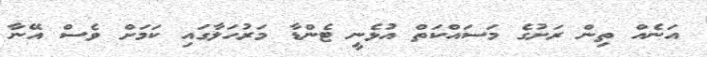
އަނެއް ތިން ރަށުގެ މަސައްކަތް އުޅެނީ ޓެންޑާ މަރުހަލާގައި ކަމަށް ވެސް އޭނާ